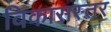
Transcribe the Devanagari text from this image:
विकासस्तर